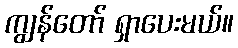
ကျွန်တော် ရှာပေးမယ်။